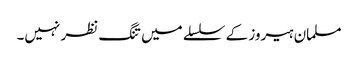
مسلمان ہیروز کے سلسلے میں تنگ نظر نہیں۔